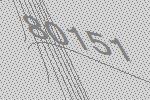
80151